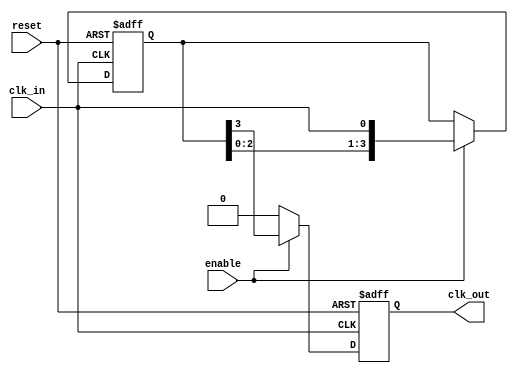
module DelayClockBuffer #(
    parameter DELAY_CYCLES = 4  // Number of clock cycles to delay
)(
    input wire clk_in,           // Input clock signal
    input wire enable,           // Enable signal (optional)
    input wire reset,            // Asynchronous reset signal (optional)
    output reg clk_out           // Delayed output clock signal
);

    // Internal register to hold the delayed clock signal
    reg [DELAY_CYCLES-1:0] delay_reg;

    // Asynchronous reset and enable logic
    always @(posedge clk_in or posedge reset) begin
        if (reset) begin
            clk_out <= 1'b0;       // Reset output clock to low
            delay_reg <= 0;        // Clear delay register
        end else if (enable) begin
            // Shift the delay register on each clock cycle
            delay_reg <= {delay_reg[DELAY_CYCLES-2:0], clk_in};
            clk_out <= delay_reg[DELAY_CYCLES-1]; // Output the last delayed value
        end else begin
            clk_out <= 1'b0;        // Hold output low if not enabled
        end
    end

endmodule